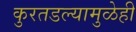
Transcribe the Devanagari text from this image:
कुरतडल्यामुळेही